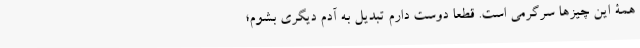
همۀ این چیزها سرگرمی است. قطعاً دوست دارم تبدیل به آدم دیگری بشوم؛